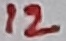
Text: 12